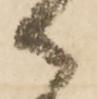
御